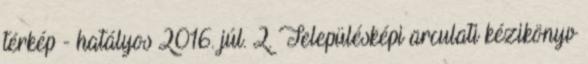
térkép - hatályos 2016. júl. 2. Településképi arculati kézikönyv